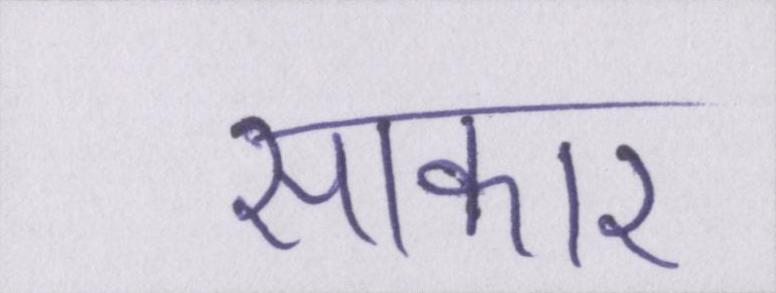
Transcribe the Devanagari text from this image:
साकार